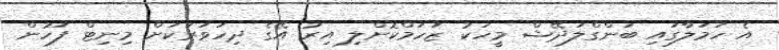
އެ ހަމަލާގައި ބަންގްލަދޭޝް މީހަކު ޒަހަމްކޮށްލި އިރު އޭގެ ދިހަވަރަކަށް މިނިޓް ފަހުން